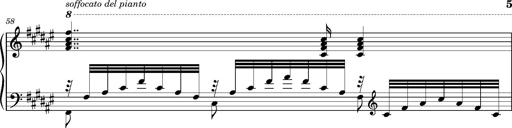
Title: Cavatine de Robert le Diable
Composer: Franz Liszt
Key: F-sharp minor